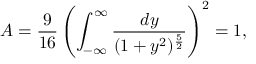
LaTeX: { \cal A } = { \frac { 9 } { 1 6 } } \left( \int _ { - \infty } ^ { \infty } { \frac { d y } { ( 1 + y ^ { 2 } ) ^ { \frac { 5 } { 2 } } } } \right) ^ { 2 } = 1 ,